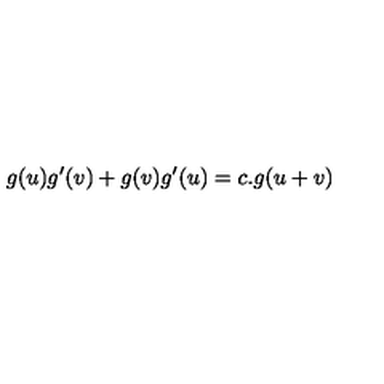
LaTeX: g ( u ) g ^ { \prime } ( v ) + g ( v ) g ^ { \prime } ( u ) = c . g ( u + v )